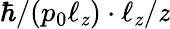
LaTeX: \hbar/(p_{0}\ell_{\mathit{z}})\cdot\ell_{\mathit{z}}/\mathit{z}